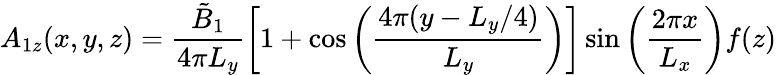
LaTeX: A_{1z}(x,y,z)=\frac{\tilde{B}_{1}}{4\pi L_{y}}\left[1+\cos\left(\frac{4\pi(y-L_{y}/4)}{L_{y}}\right)\right]\sin\left(\frac{2\pi x}{L_{x}}\right)f(z)